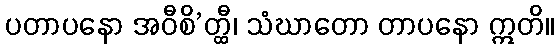
ပတာပနော အဝီစိ’တ္ထီ၊ သံဃာတော တာပနော ဣတိ။